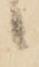
候